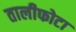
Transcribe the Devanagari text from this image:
तालीफोटा